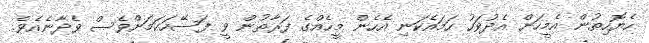
ހެޔޮހިތުން އެމީހަށް އެދުވަހު ހަމައެކަނި އެހެން މީހެއްގެ ފަރާތުން ވީ ފަސޭހަކަމަށްވެސް ވެދާނެއެވެ.